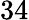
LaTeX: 34